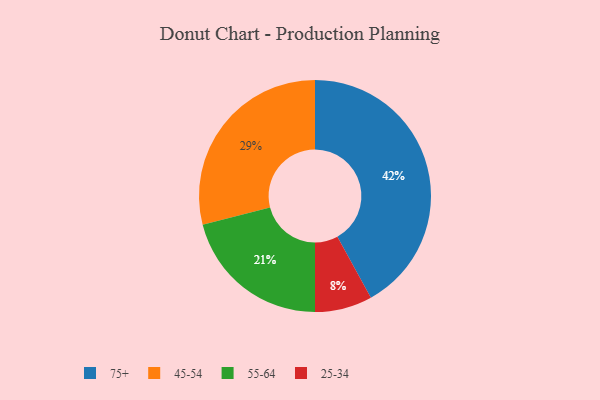
{"axis": {"x": "Category", "y": "Percentage"}, "legend": ["25-34", "45-54", "55-64", "75+"], "data": [{"x": "75+", "y": 42, "type": "75+"}, {"x": "55-64", "y": 21, "type": "55-64"}, {"x": "25-34", "y": 8, "type": "25-34"}, {"x": "45-54", "y": 29, "type": "45-54"}]}